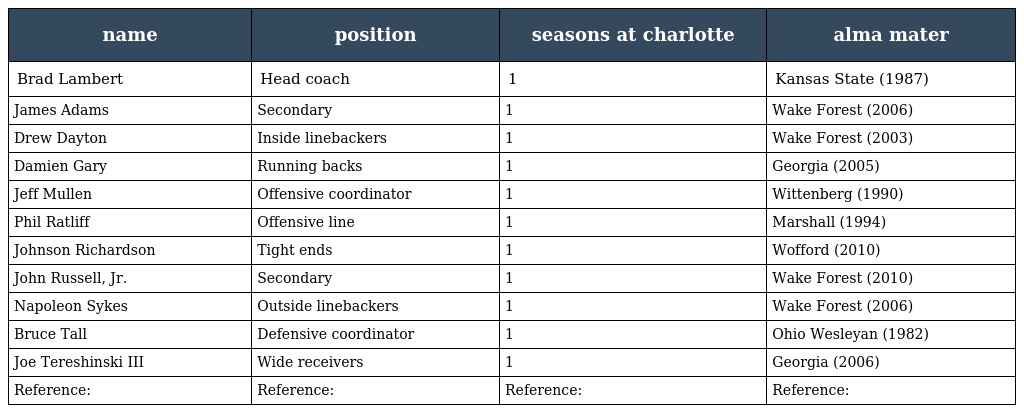
| name | position | seasons at charlotte | alma mater |
 | --- | --- | --- | --- |
 | Brad Lambert | Head coach | 1 | Kansas State (1987) |
 | James Adams | Secondary | 1 | Wake Forest (2006) |
 | Drew Dayton | Inside linebackers | 1 | Wake Forest (2003) |
 | Damien Gary | Running backs | 1 | Georgia (2005) |
 | Jeff Mullen | Offensive coordinator | 1 | Wittenberg (1990) |
 | Phil Ratliff | Offensive line | 1 | Marshall (1994) |
 | Johnson Richardson | Tight ends | 1 | Wofford (2010) |
 | John Russell, Jr. | Secondary | 1 | Wake Forest (2010) |
 | Napoleon Sykes | Outside linebackers | 1 | Wake Forest (2006) |
 | Bruce Tall | Defensive coordinator | 1 | Ohio Wesleyan (1982) |
 | Joe Tereshinski III | Wide receivers | 1 | Georgia (2006) |
 | Reference: | Reference: | Reference: | Reference: |